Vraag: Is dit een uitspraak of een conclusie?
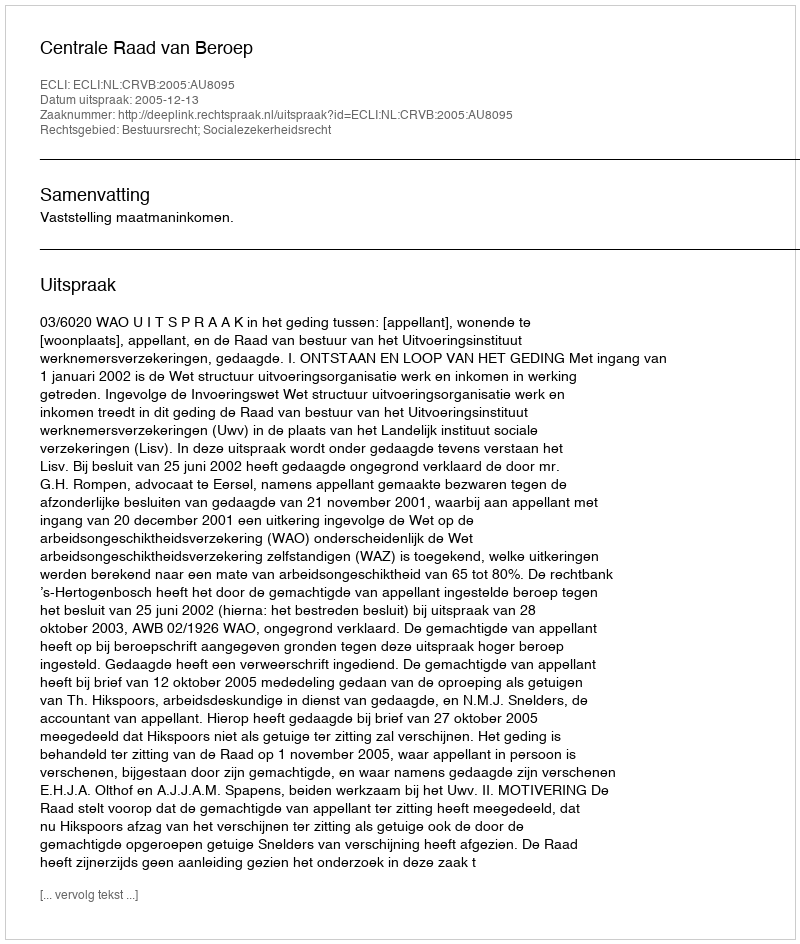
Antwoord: Uitspraak